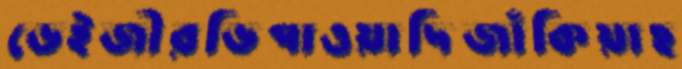
ডেইজীরভিপাওয়াদিজাঁকিয়াছ